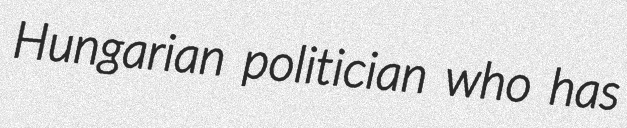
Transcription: Hungarian politician who has